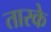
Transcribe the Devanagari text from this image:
तारके